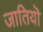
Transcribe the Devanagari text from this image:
जातियॊ